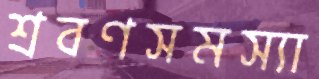
শ্রবণসমস্যা